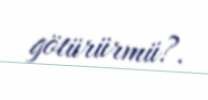
götürürmü?.